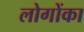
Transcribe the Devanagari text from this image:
लोगोंका